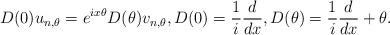
LaTeX: \begin{align*} D(0)u_{n,\theta}= e^{ix\theta}D(\theta)v_{n,\theta},D(0)= \frac{1}{i}\frac{d}{dx},D(\theta) = \frac{1}{i}\frac{d}{dx}+ \theta.\end{align*}